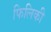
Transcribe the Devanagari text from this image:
फिलिकी